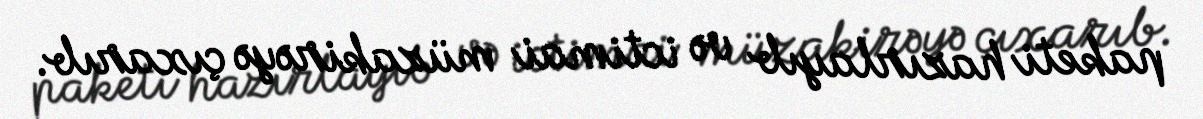
paketi hazırlayıb və ictimai müzakirəyə çıxarıb.